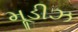
મૂડીઝ